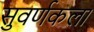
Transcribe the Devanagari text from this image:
सुवर्णकला